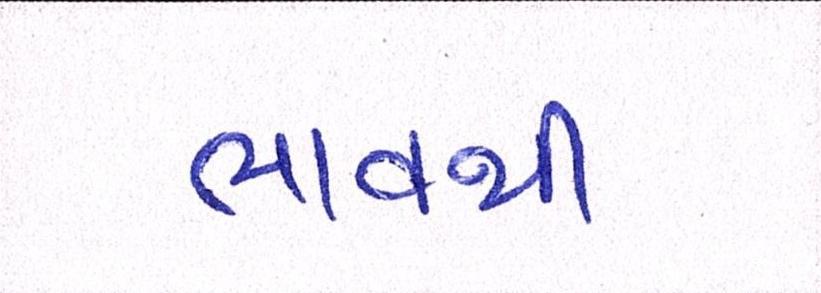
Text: ભાવથી